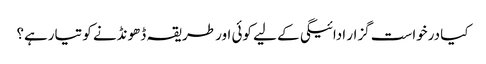
کیا درخواست گزار ادائیگی کے لیے کوئی اور طریقہ ڈھونڈنے کو تیارہے؟